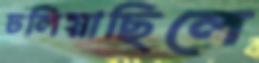
ঢলিয়াছিলে